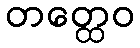
တတ္ထေဝ